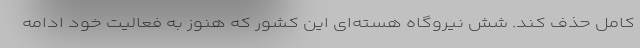
کامل حذف کند. شش نیروگاه هسته‌ای این کشور که هنوز به فعالیت خود ادامه